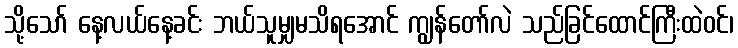
သို့သော် နေ့လယ်နေ့ခင်း ဘယ်သူမျှမသိရအောင် ကျွန်တော်လဲ သည်ခြင်ထောင်ကြီးထဲဝင်၊